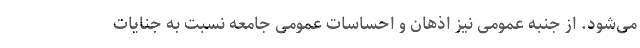
می‌شود. از جنبه عمومی نیز اذهان و احساسات عمومی جامعه نسبت به جنایات